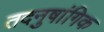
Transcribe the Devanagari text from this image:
तदनुषांगिक